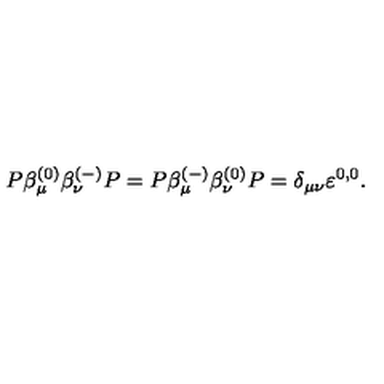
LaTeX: P \beta _ { \mu } ^ { ( 0 ) } \beta _ { \nu } ^ { ( - ) } P = P \beta _ { \mu } ^ { ( - ) } \beta _ { \nu } ^ { ( 0 ) } P = \delta _ { \mu \nu } \varepsilon ^ { 0 , 0 } .